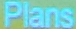
Plans